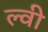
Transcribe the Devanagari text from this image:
ल्वी